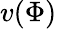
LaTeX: v(\Phi)